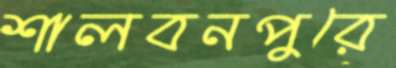
শালবনপুরে